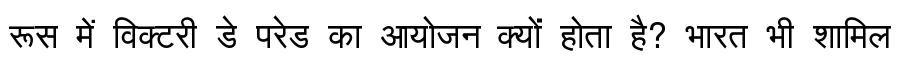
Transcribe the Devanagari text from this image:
रूस में विक्टरी डे परेड का आयोजन क्यों होता है? भारत भी शामिल